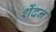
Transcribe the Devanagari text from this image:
शेंदन